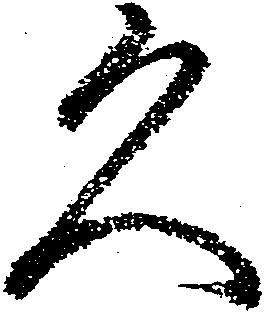
久